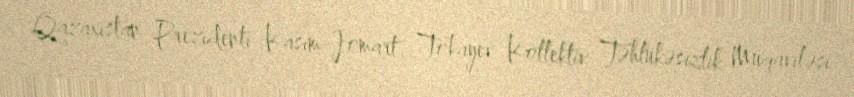
Qazaxıstan Prezidenti Kasım-Jomart Tokayev Kollektiv Təhlükəsizlik Müqaviləsi